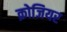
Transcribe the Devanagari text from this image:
क्रोजियर